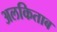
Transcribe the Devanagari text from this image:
अलकिताब